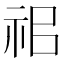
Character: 𥘰